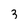
Character: 3